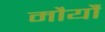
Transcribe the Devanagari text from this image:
मौर्यौं